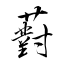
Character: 薱